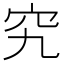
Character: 究